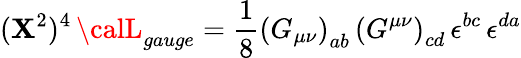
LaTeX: ({\cal\mathbf{X}}^{2})^{4}\, {\calL}_{gauge}=\frac{{1}}{{8}}\left(G_{\mu\nu}\right)_{ab}\, \left(G^{\mu\nu}\right)_{cd}\, \epsilon^{bc}\, \epsilon^{da}